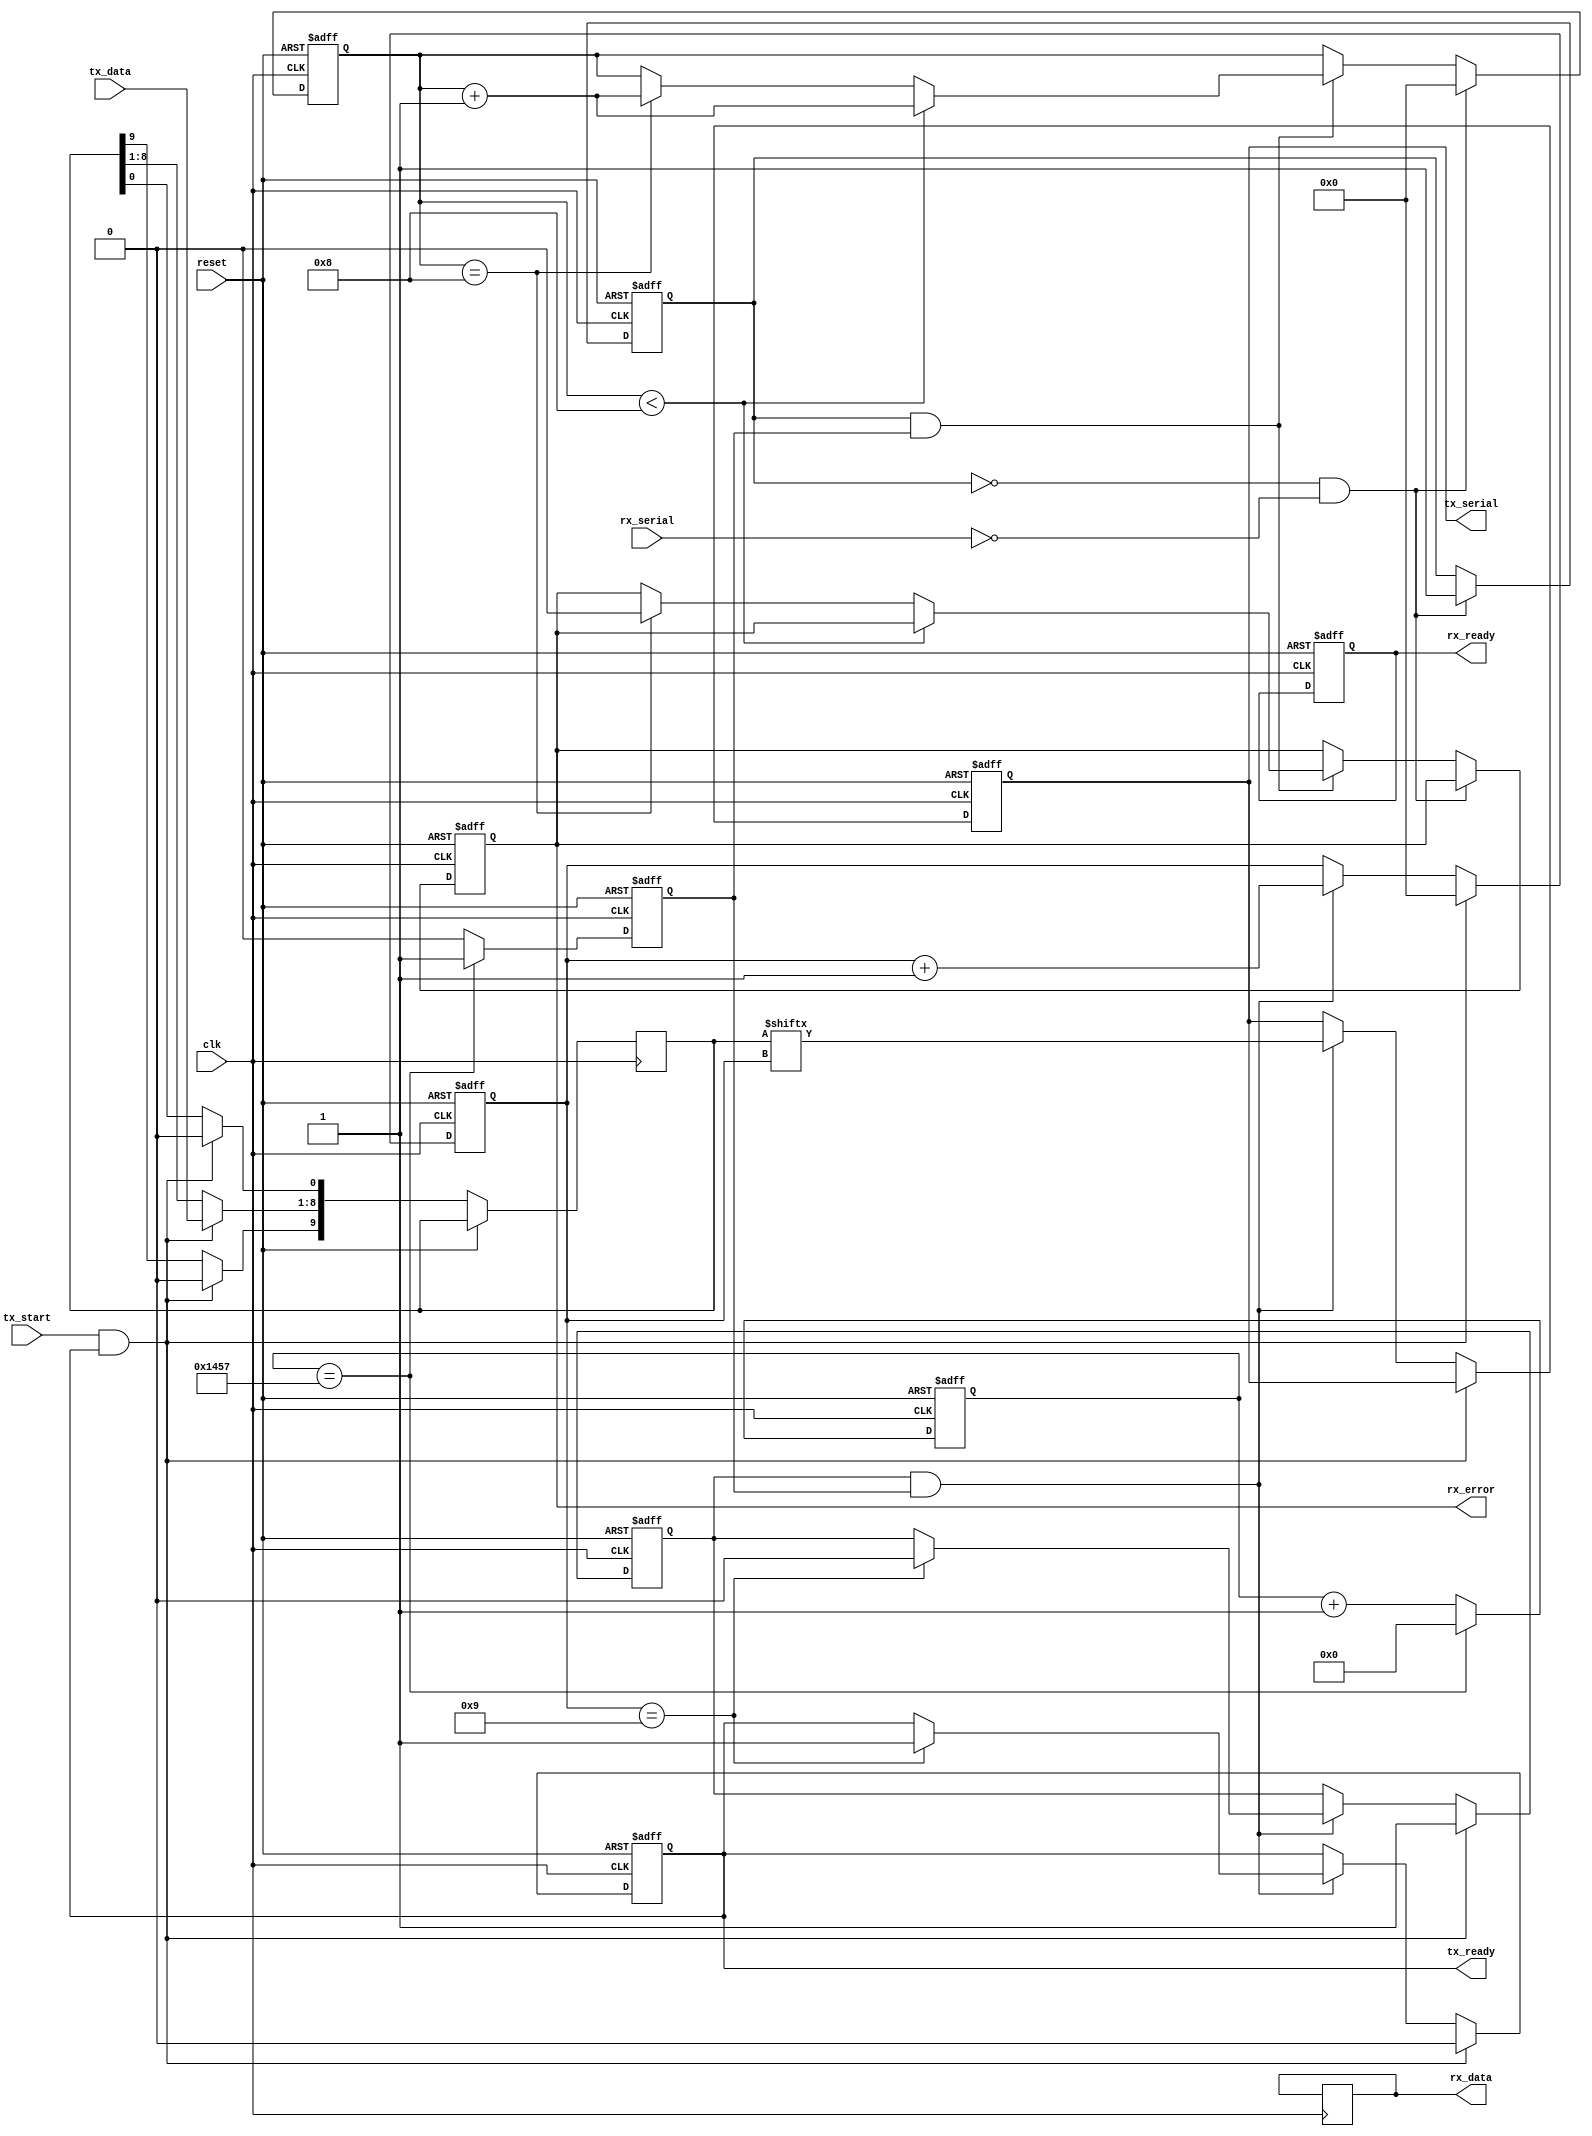
module parameterized_uart #(
    parameter BAUD_RATE = 9600,
    parameter DATA_WIDTH = 8,
    parameter STOP_BITS = 1,
    parameter PARITY = "NONE" // Options: "NONE", "EVEN", "ODD"
)(
    input wire clk,
    input wire reset,
    input wire [DATA_WIDTH-1:0] tx_data,
    input wire tx_start,
    output reg tx_ready,
    output reg tx_serial,
    input wire rx_serial,
    output reg [DATA_WIDTH-1:0] rx_data,
    output reg rx_ready,
    output reg rx_error
);

    // Baud rate generation logic
    localparam CLOCK_FREQ = 50000000; // Example clock frequency
    localparam BAUD_DIV = CLOCK_FREQ / BAUD_RATE;
    reg [15:0] baud_counter;
    reg baud_tick;

    always @(posedge clk or posedge reset) begin
        if (reset) begin
            baud_counter <= 0;
            baud_tick <= 0;
        end else begin
            if (baud_counter == BAUD_DIV - 1) begin
                baud_counter <= 0;
                baud_tick <= 1;
            end else begin
                baud_counter <= baud_counter + 1;
                baud_tick <= 0;
            end
        end
    end

    // Transmitter logic
    reg [DATA_WIDTH+1:0] tx_shift_reg; // Data + start + stop bits + parity
    reg [3:0] tx_bit_count;
    reg tx_busy;

    always @(posedge clk or posedge reset) begin
        if (reset) begin
            tx_ready <= 1;
            tx_serial <= 1; // Idle state
            tx_busy <= 0;
            tx_bit_count <= 0;
        end else if (tx_start && tx_ready) begin
            tx_ready <= 0;
            tx_busy <= 1;
            tx_bit_count <= 0;

            // Load the shift register
            tx_shift_reg[DATA_WIDTH + 1:1] <= tx_data; // Data
            tx_shift_reg[0] <= 0; // Start bit
            if (PARITY == "EVEN") begin
                tx_shift_reg[DATA_WIDTH + 1] <= ~^tx_data; // Even parity
            end else if (PARITY == "ODD") begin
                tx_shift_reg[DATA_WIDTH + 1] <= ^tx_data; // Odd parity
            end else begin
                tx_shift_reg[DATA_WIDTH + 1] <= 1'b0; // No parity
            end
        end else if (tx_busy && baud_tick) begin
            tx_serial <= tx_shift_reg[tx_bit_count];
            tx_bit_count <= tx_bit_count + 1;

            if (tx_bit_count == DATA_WIDTH + STOP_BITS + (PARITY != "NONE" ? 1 : 0)) begin
                tx_busy <= 0;
                tx_ready <= 1;
            end
        end
    end

    // Receiver logic
    reg [DATA_WIDTH-1:0] rx_shift_reg;
    reg [3:0] rx_bit_count;
    reg rx_busy;
    reg rx_sample;

    always @(posedge clk or posedge reset) begin
        if (reset) begin
            rx_ready <= 0;
            rx_error <= 0;
            rx_busy <= 0;
            rx_bit_count <= 0;
            rx_sample <= 0;
        end else if (!rx_busy && !rx_serial) begin // Start bit detected
            rx_busy <= 1;
            rx_bit_count <= 0;
            rx_sample <= 0;
        end else if (rx_busy && baud_tick) begin
            if (rx_bit_count < DATA_WIDTH) begin
                rx_shift_reg[rx_bit_count] <= rx_serial;
                rx_bit_count <= rx_bit_count + 1;
            end else if (rx_bit_count == DATA_WIDTH) begin
                // Check for parity
                if (PARITY == "EVEN" && rx_serial != ~^rx_shift_reg) begin
                    rx_error <= 1; // Parity error
                end else if (PARITY == "ODD" && rx_serial != ^rx_shift_reg) begin
                    rx_error <= 1; // Parity error
                end else begin
                    rx_error <= 0; // No error
                end
                rx_bit_count <= rx_bit_count + 1;
            end else if (rx_bit_count == DATA_WIDTH + (PARITY != "NONE" ? 1 : 0)) begin
                rx_data <= rx_shift_reg; // Load received data
                rx_ready <= 1;
                rx_busy <= 0;
            end
        end
    end

endmodule